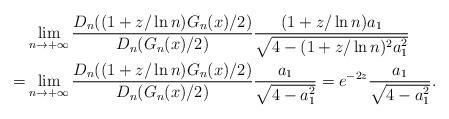
LaTeX: \begin{align*}&\lim_{n\to+\infty}\frac{D_n((1+z/\ln n) G_n(x)/2)}{D_n(G_n(x)/2)}\frac{(1+z/\ln n)a_1}{\sqrt{4-(1+z/\ln n)^2a_1^2}}\\=&\lim_{n\to+\infty}\frac{D_n((1+z/\ln n) G_n(x)/2)}{D_n(G_n(x)/2)}\frac{a_1}{\sqrt{4-a_1^2}}=e^{-2z}\frac{a_1}{\sqrt{4-a_1^2}}.\end{align*}